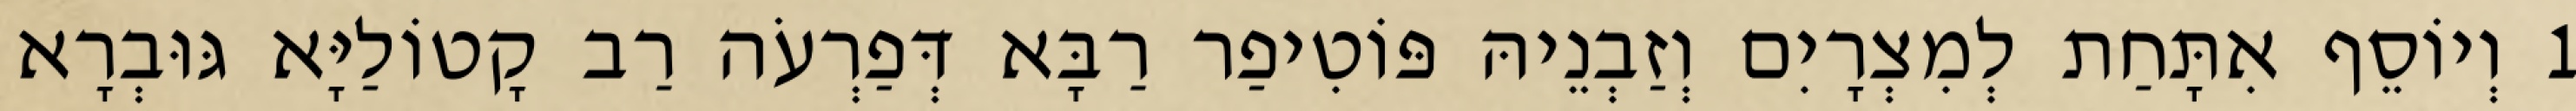
1 וְיוֹסֵף אִתָּחַת לְמִצְרָיִם וְזַבְנֵיהּ פּוֹטִיפַר רַבָּא דְּפַרְעֹה רַב קָטוֹלַיָּא גּוּבְרָא